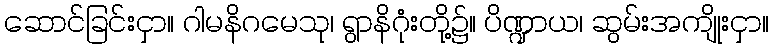
ဆောင်ခြင်းငှာ။ ဂါမနိဂမေသု၊ ရွာနိဂုံးတို့၌။ ပိဏ္ဍာယ၊ ဆွမ်းအကျိုးငှာ။